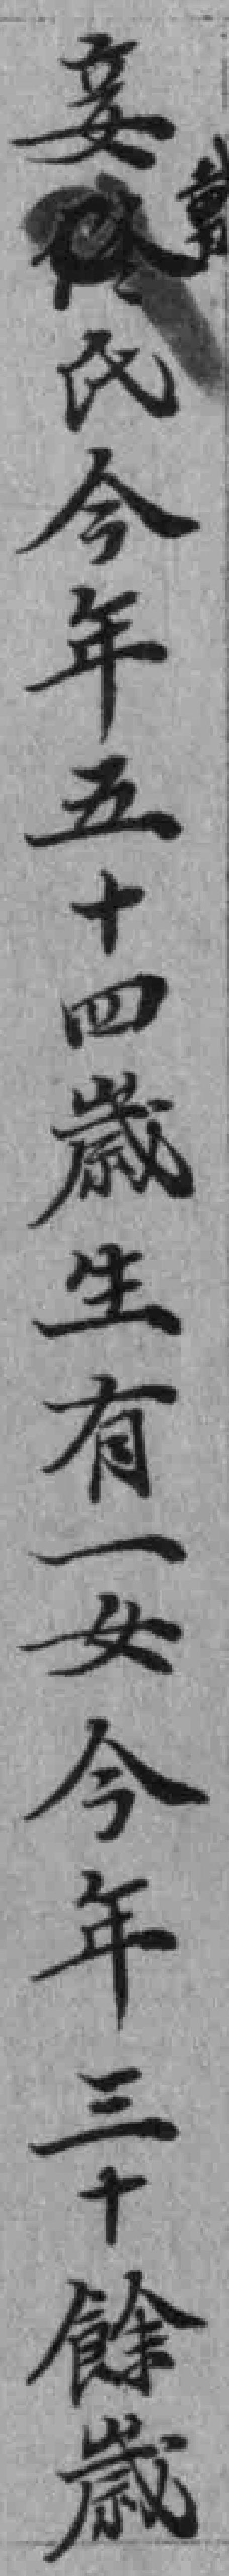
妾氏今年五十四歳生有一女今年三十餘歲